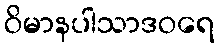
ဝိမာနပါသာဒဝရေ